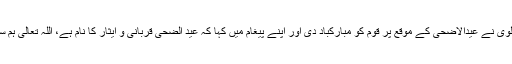
صدر پاکستان ڈاکٹر عارف علوی نے عیدالاضحیٰ کے موقع پر قوم کو مبارکباد دی اور اپنے پیغام میں کہا کہ عید الضحی قربانی و ایثار کا نام ہے، اللہ تعالی ہم سب کی قربانیاں قبول فرمائے۔